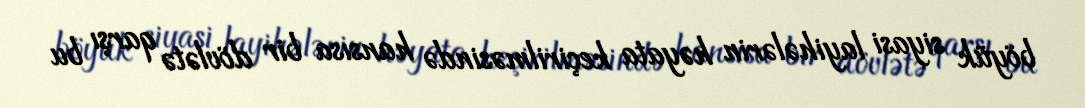
böyük siyasi layihələrin həyata keçirilməsində hansısa bir dövlətə qarşı bu